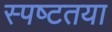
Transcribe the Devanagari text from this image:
स्‍पष्‍टतया